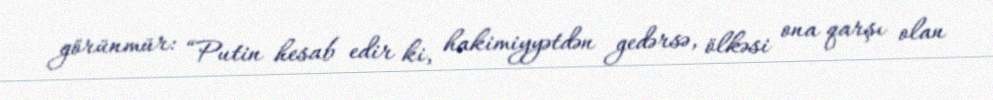
görünmür: “Putin hesab edir ki, hakimiyyətdən gedərsə, ölkəsi ona qarşı olan